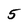
Character: 5